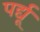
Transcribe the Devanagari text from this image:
पर्द्यू